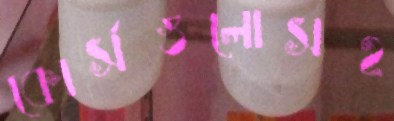
কোর্সগুলোসহ